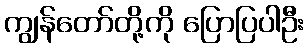
ကျွန်တော်တို့ကို ပြောပြပါဦး